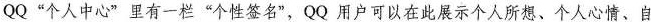
QQ”个人中心”里有一栏”个性签名”，QQ用户可以在此展示个人所想、个人心情、自